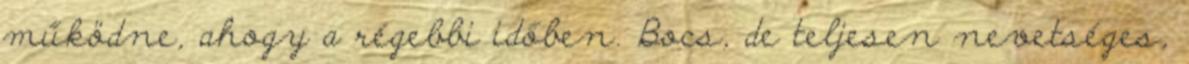
működne, ahogy a régebbi időben. Bocs, de teljesen nevetséges,